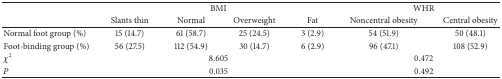
<table><thead><tr><td><b> </b></td><td colspan="4"><b>BMI</b></td><td colspan="2"><b>WHR</b></td></tr><tr><td><b> </b></td><td><b>Slants thin</b></td><td><b>Normal</b></td><td><b>Overweight</b></td><td><b>Fat</b></td><td><b>Noncentral obesity</b></td><td><b>Central obesity</b></td></tr></thead><tbody><tr><td>Normal foot group (%)</td><td>15 (14.7)</td><td>61 (58.7)</td><td>25 (24.5)</td><td>3 (2.9)</td><td>54 (51.9)</td><td>50 (48.1)</td></tr><tr><td>Foot-binding group (%)</td><td>56 (27.5)</td><td>112 (54.9)</td><td>30 (14.7)</td><td>6 (2.9)</td><td>96 (47.1)</td><td>108 (52.9)</td></tr><tr><td><i>χ</i><sup>2</sup></td><td colspan="4">8.605</td><td colspan="2">0.472</td></tr><tr><td><i>P</i></td><td colspan="4">0.035</td><td colspan="2">0.492</td></tr></tbody></table>